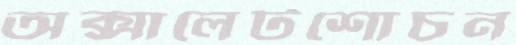
অক্সালেটশোচন